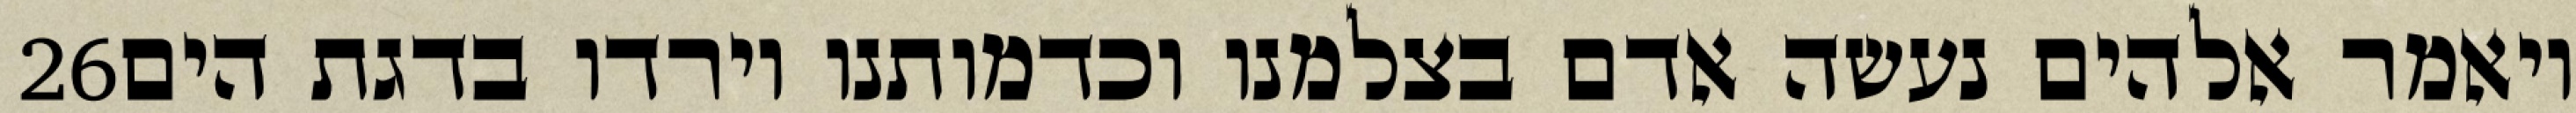
‎26‏ ויאמר אלהים נעשה אדם בצלמנו וכדמותנו וירדו בדגת הים